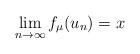
LaTeX: \begin{align*} \lim_{n \to \infty} f_\mu(u_n) = x\end{align*}